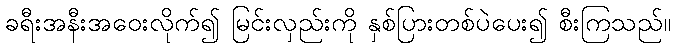
ခရီးအနီးအဝေးလိုက်၍ မြင်းလှည်းကို နှစ်ပြားတစ်ပဲပေး၍ စီးကြသည်။